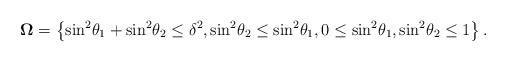
LaTeX: \begin{align*}{\mathbf{\Omega }} = \left\{ {{{\sin }^2}{\theta _1} + {{\sin }^2}{\theta _2} \leq {\delta ^2},{{\sin }^2}{\theta _2} \leq {{\sin }^2}{\theta _1},0 \leq {{\sin }^2}{\theta _1},{{\sin }^2}{\theta _2} \leq 1} \right\}.\end{align*}